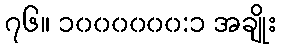
၇၆။ ၁၀၀၀၀၀၀:၁ အချိုး